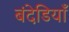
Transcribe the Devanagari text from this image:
बंदेडियाँ